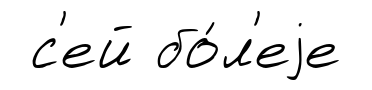
с'ей бо́л'еjе